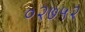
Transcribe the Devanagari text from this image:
०२७५२